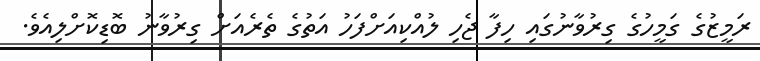
ރަމީޒުގެ ގަމީހުގެ ގިރުވާނުގައި ހިފާ ޖެހި ލުއްކިއަށްފަހު އަތުގެ ތެރެއަށް ގިރުވާނު ބޮޑިކޮށްލިއެވެ.